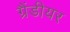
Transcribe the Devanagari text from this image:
ग्रैंडीयर